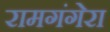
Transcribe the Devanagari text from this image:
रामगंगेरा